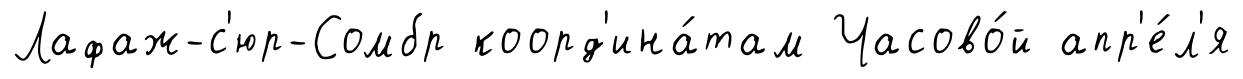
Лафаж-с'юр-Сомбр коорд'ина́там Часово́й апр'е́л'я